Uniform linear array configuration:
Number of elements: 4
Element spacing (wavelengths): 0.75
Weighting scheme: hann
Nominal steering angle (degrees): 60
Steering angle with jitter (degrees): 59.373
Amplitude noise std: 0.05
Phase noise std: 0.05

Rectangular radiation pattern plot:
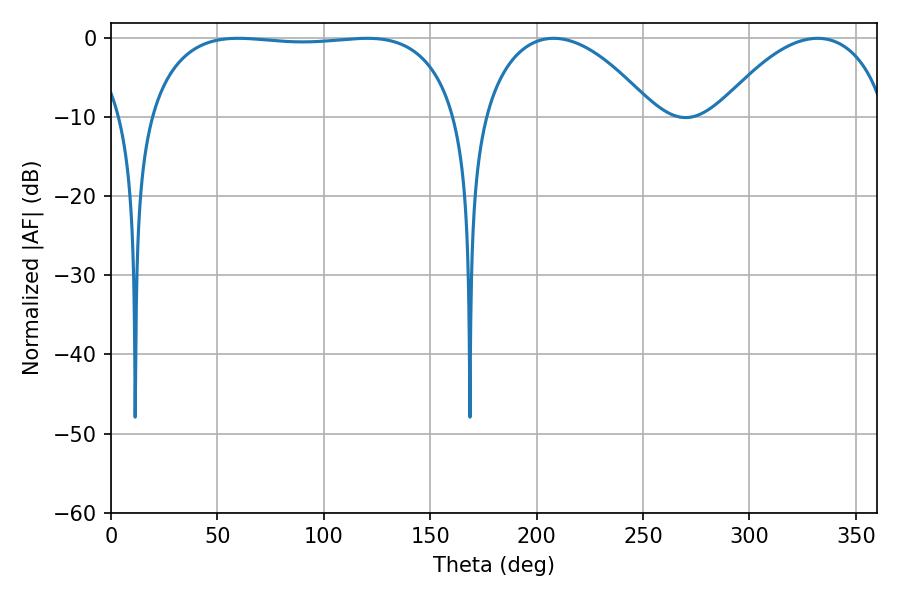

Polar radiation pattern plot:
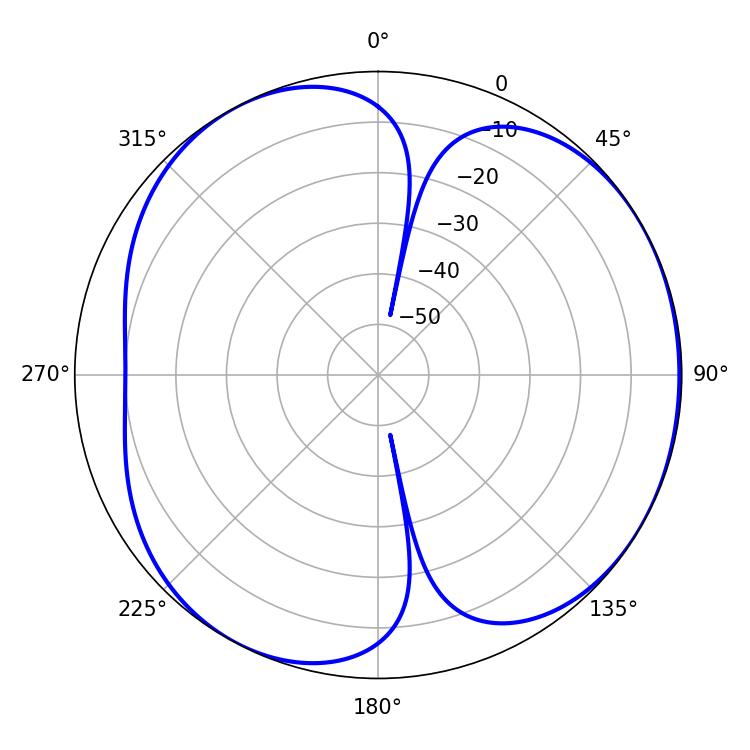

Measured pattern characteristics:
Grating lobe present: TRUE
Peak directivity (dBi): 4.503
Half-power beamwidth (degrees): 115.56
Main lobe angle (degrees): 59.76